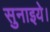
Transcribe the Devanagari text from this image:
सुनाइये।